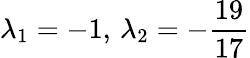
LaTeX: \lambda_{1}=-1,\, \lambda_{2}=-{\frac{19}{17}}